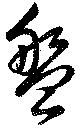
盤